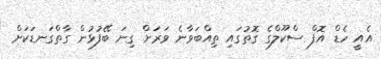
އެއީ ހެޑް އޮފް ސްކޫލްގެ ގޮތުގައި ތިއްބަވާނެ ވަރަށް ގިނަ ބޭފުޅުން ގާތްގަނޑަކަށް